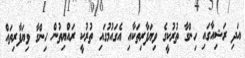
އަދި ރަޝިއާގައި ހިންގާ ތުރުކީގެ ވިޔަފާރިތަކާއި އެގައުމުގައި ތުރުކީ ރައްޔިތުން ހިންގާ ވިޔަފާރިތައް